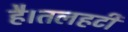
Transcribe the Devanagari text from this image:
है।तलहटी